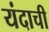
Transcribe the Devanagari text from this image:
यंदाची